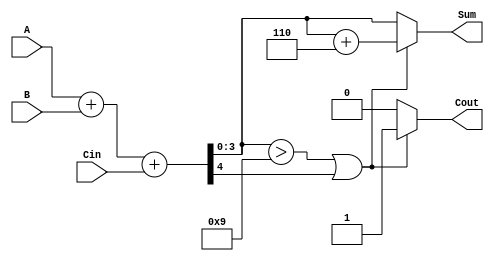
module BCD_Parallel_Adder (
    input  [3:0] A,      // First BCD digit
    input  [3:0] B,      // Second BCD digit
    input        Cin,     // Carry input
    output reg [3:0] Sum, // BCD result of the addition
    output reg Cout       // Carry output
);

    wire [4:0] S;        // 5-bit sum to hold A + B + Cin
    wire correction;      // Flag for correction condition

    // Step 1: Binary Addition
    assign S = A + B + Cin;

    // Step 2: Determine if correction is needed
    assign correction = (S[3:0] > 4'b1001) || S[4];

    // Step 3: BCD Correction Logic
    always @(*) begin
        if (correction) begin
            Sum = S[3:0] + 4'b0110; // Add 6 for correction
            Cout = 1'b1;            // Set carry out
        end else begin
            Sum = S[3:0];           // No correction needed
            Cout = 1'b0;            // No carry out
        end
    end

endmodule